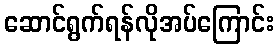
ဆောင်ရွက်ရန်လိုအပ်ကြောင်း